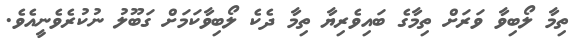
ތިމާ ލޯބިވާ ވަރަށް ތިމާގެ ބައިވެރިޔާ ތިމާ ދެކެ ލޯބިވާކަމަށް ގަބޫލު ނުކުރެވެނީއެވެ.